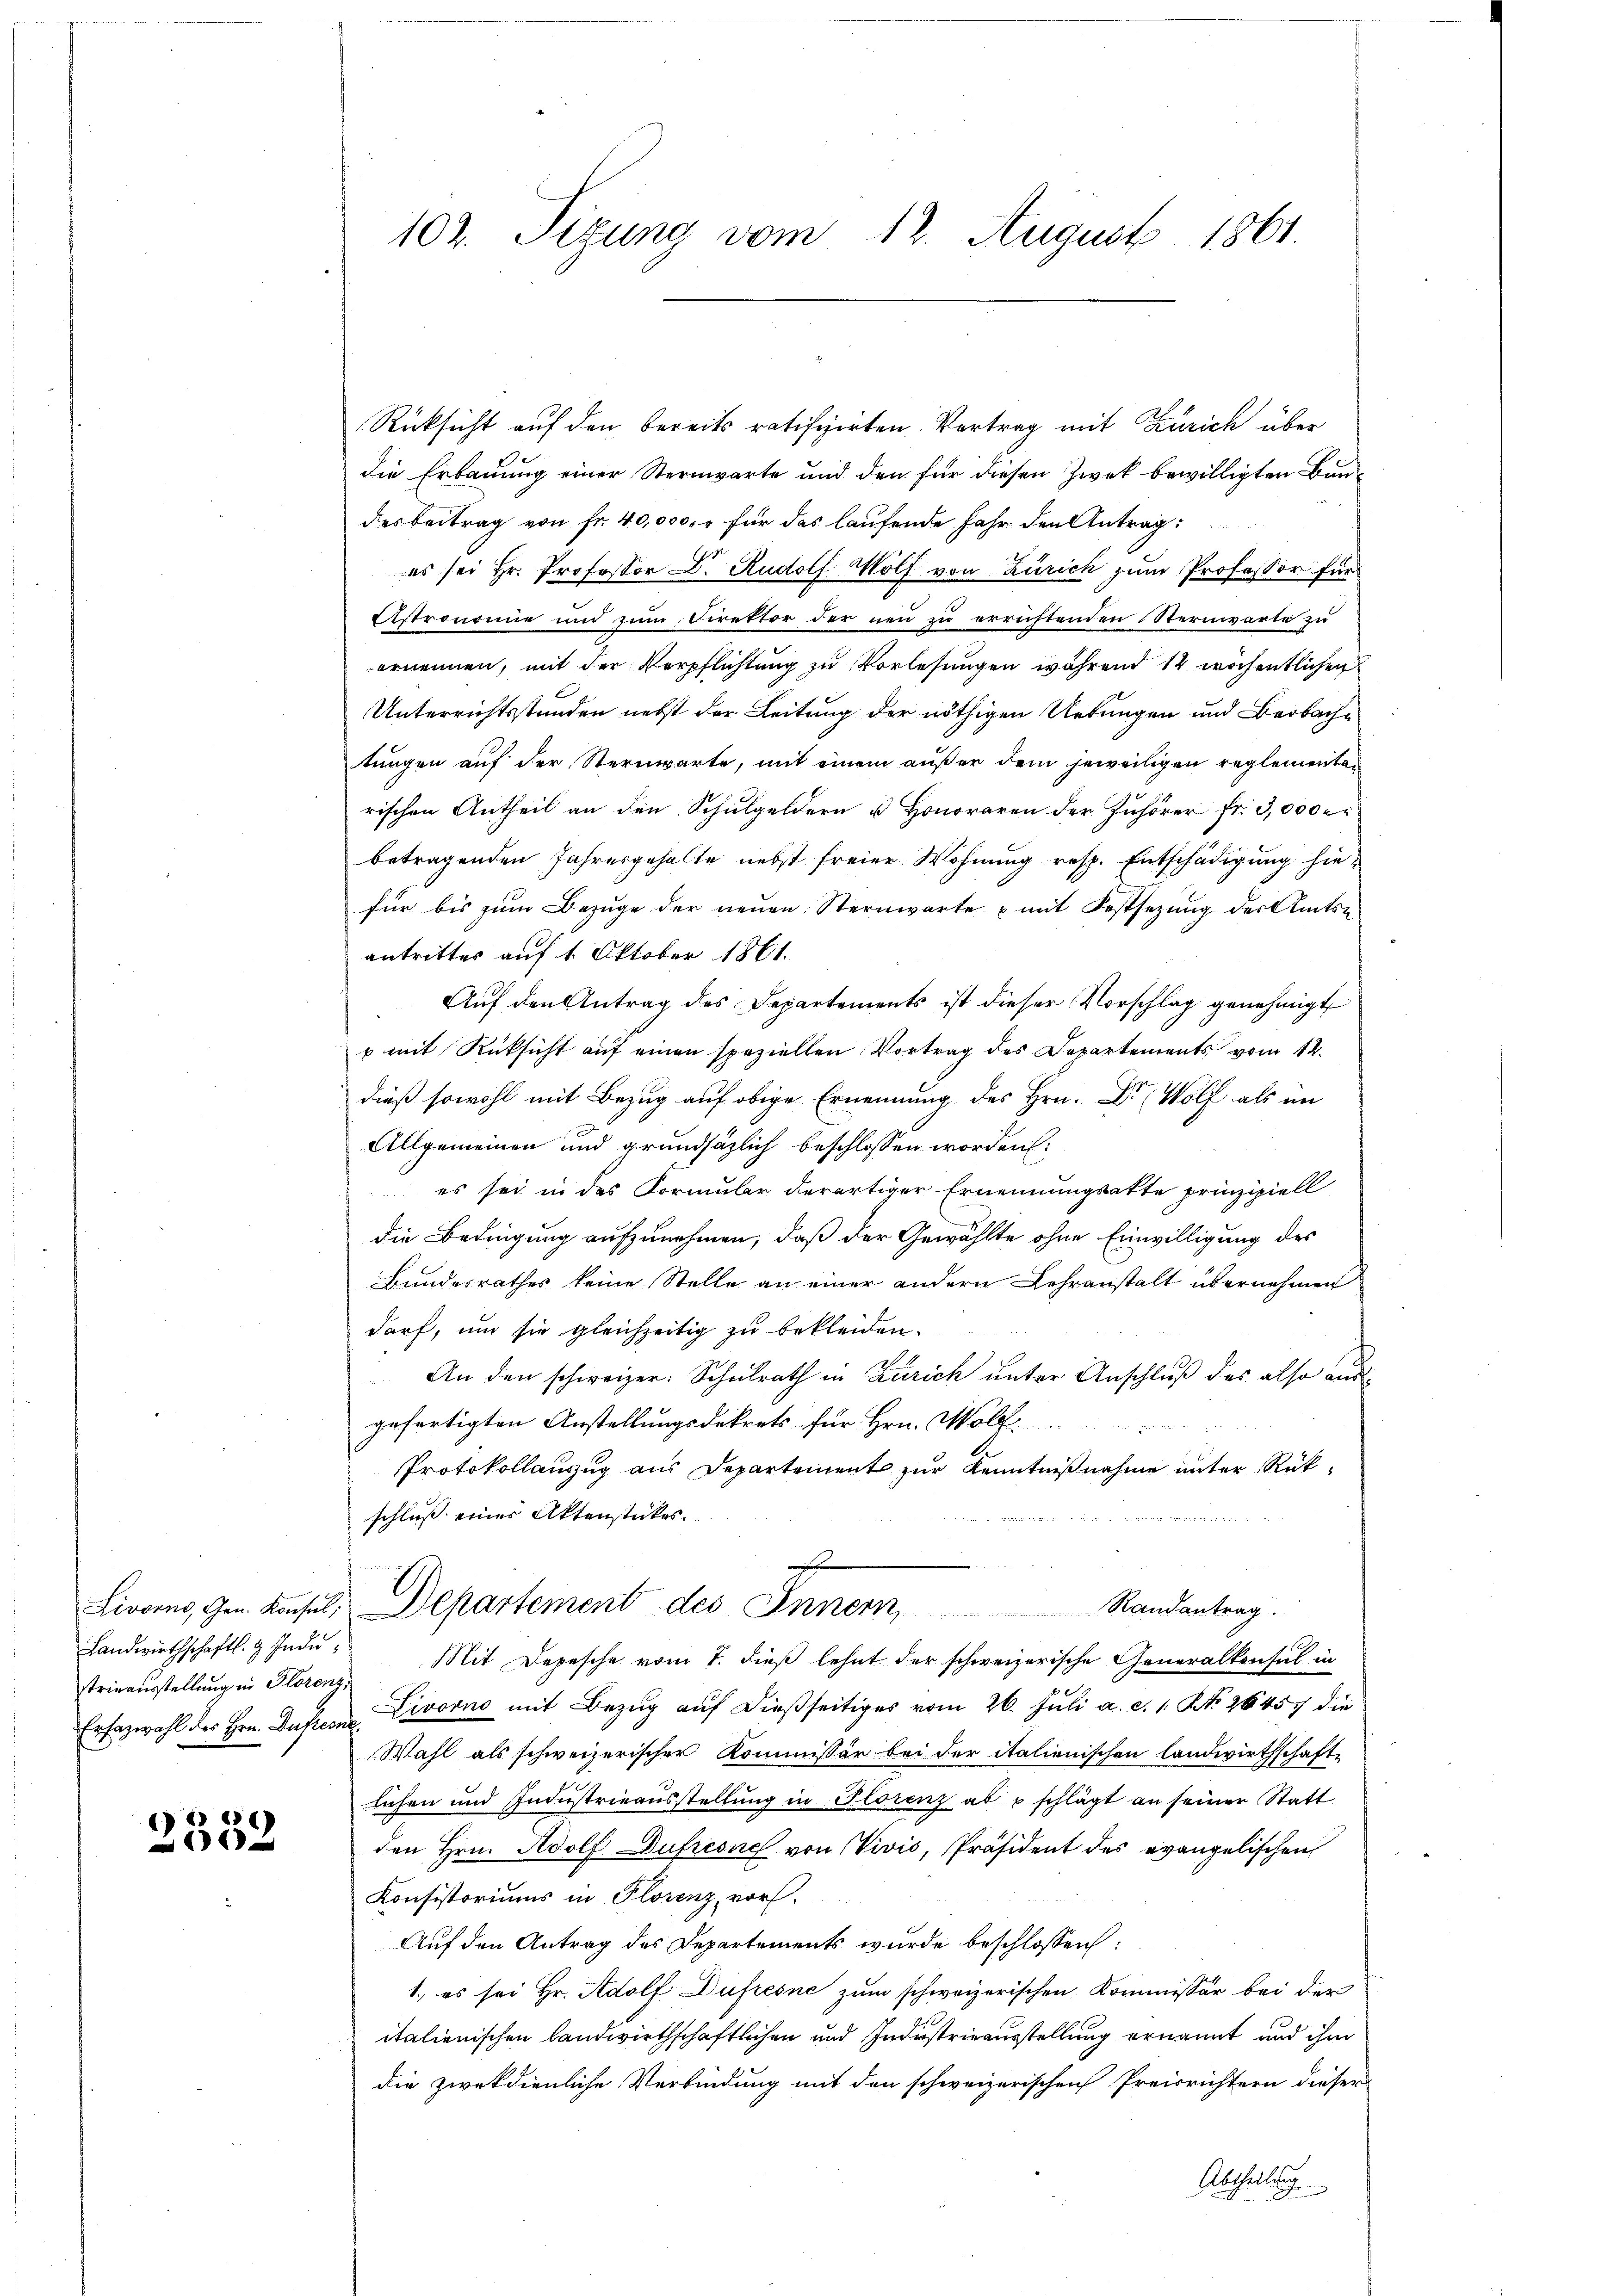
Landwirthschaftl. H. Industrieausstellung in Florenz,

8
11

102. Sizung vom 12. August 1861.

Rücksicht auf den bereits ratifizirten Vertrag mit Zürich über
die Erbauung einer Sternwarte und den für diesen Zwek bewilligten Bundes Beitrag von fr. 40,000. r für das laufende Jahr den Antrag:
es sei Hr. Professor D. Rudolf Wolf von Zürich zum Professor für
Distronomie und zum Direktor der neu zu errichtenden Sternwarte zu
ernennen, mit der Verpflichtung zu Vorlesungen während 14 wöchentlichen
Unterrichtsstunden nebst der Leitung der nöthigen Uebungen und Beobache
tungen auf der Sternwarte, mit einem außer dem jeweiligen reglementarischen Antheil an den Schulgeldern u. Honoraren der Zuhörer fr. 3,000 er
betragenden Jahresgehalte nebst freier Wohnung resp. Entschädigung hiefür bis zum Bezuge der neuen Sternwarte mit Festsezung der Amtse
antrittes auf 1. Oktober 1861.
Auf den Antrag des Departements ist dieser Vorschlag genehmigt
p mit Rüksicht auf einen speziellen Vortrag des Departements vom 12.
dieß sowohl mit Bezug auf obige Ernennung des Hrn. Dr Wolf als im
Allgemeinen und grundsätzlich beschlossen worden:
es sei in des Formular derartiger Ernennungsatte prinzipiell
die Bedingung aufzunehmen, daß der Gewählte ohne Einwilligung des
Bundesrathes keine Stelle an einer andern Lehranstalt übernehmen
darf, um sie gleichzeitig zu bekleiden.
An den schweizer. Schulrath in Zürich unter Anschluß des also ausgefertigten Anstellungsdekrets für Hrn. Wolf.
Protokollauszug aus Departement zur Kenntnißnahme unter Rükschluß eines Aktenstückes.
Randantrag.
Livorno, Gen. Konsul, Departement des Innern,
Mit Depesche vom 7. dieß lehnt der schweizerische Generalkonsul in
Ersazwahl der Hrn. Dufterne Livorno mit Bezug auf dießseitiges vom 26. Juli a. c. 1. No. 26457 die
Wahl als schweizerischer Kommissär bei der italienischen Landwirthschafte
lichen und Indŭstrieaŭsstellŭng in Florenz ab u. schlägt an seiner Statt
den Hrn. Adolf Dupresuch von Vivić, Präsident des evangelischen
Konsistoriums in Plorenz, vor.
Auf den Antrag des Departements wurde beschlossen:
1., es sei Hr. Adolf Düfiesne zum schweizerischen Kommissär bei der
italienischen landwirthschaftlichen und Industrieausstellung ernannt und ihm
die zwekdienliche Verbindung mit den schweizerischen Preisrichtern dieser
Abtheilung